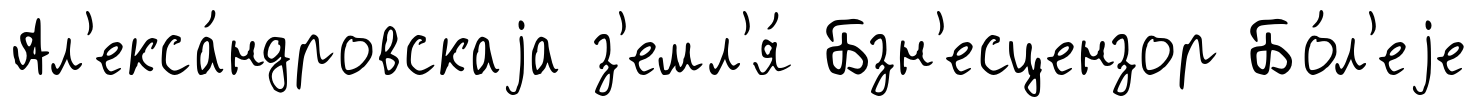
Ал'екса́ндровскаjа з'емл'я́ Бзн'есцензор Бо́л'еjе